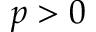
p > 0